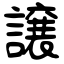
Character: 譲